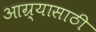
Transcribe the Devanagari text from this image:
आग्र्यासाठी